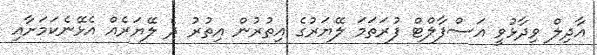
އާދިލް ވިދާޅުވީ އަސްފާލްޓް ފުރަތަމަ ލޭޔަރުގެ އިތުރުން އިތުރު ދެ ލޭޔަރެއް އެޅޭނެކަމަށާއި